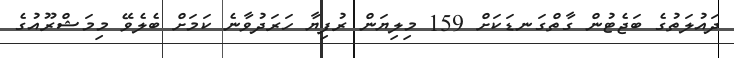
ދައުލަތުގެ ބަޖެޓުން ގާތްގަނޑަކަށް 159 މިލިޔަން ރުފިޔާ ހަރަދުވާނެ ކަމަށް ބެލެވޭ މިމަޝްރޫއުގެ